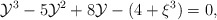
\begin{align*}{{\cal{Y}}}^3-5{{\cal{Y}}}^2+8{\cal{Y}}-(4+\xi^{3})=0,\end{align*}